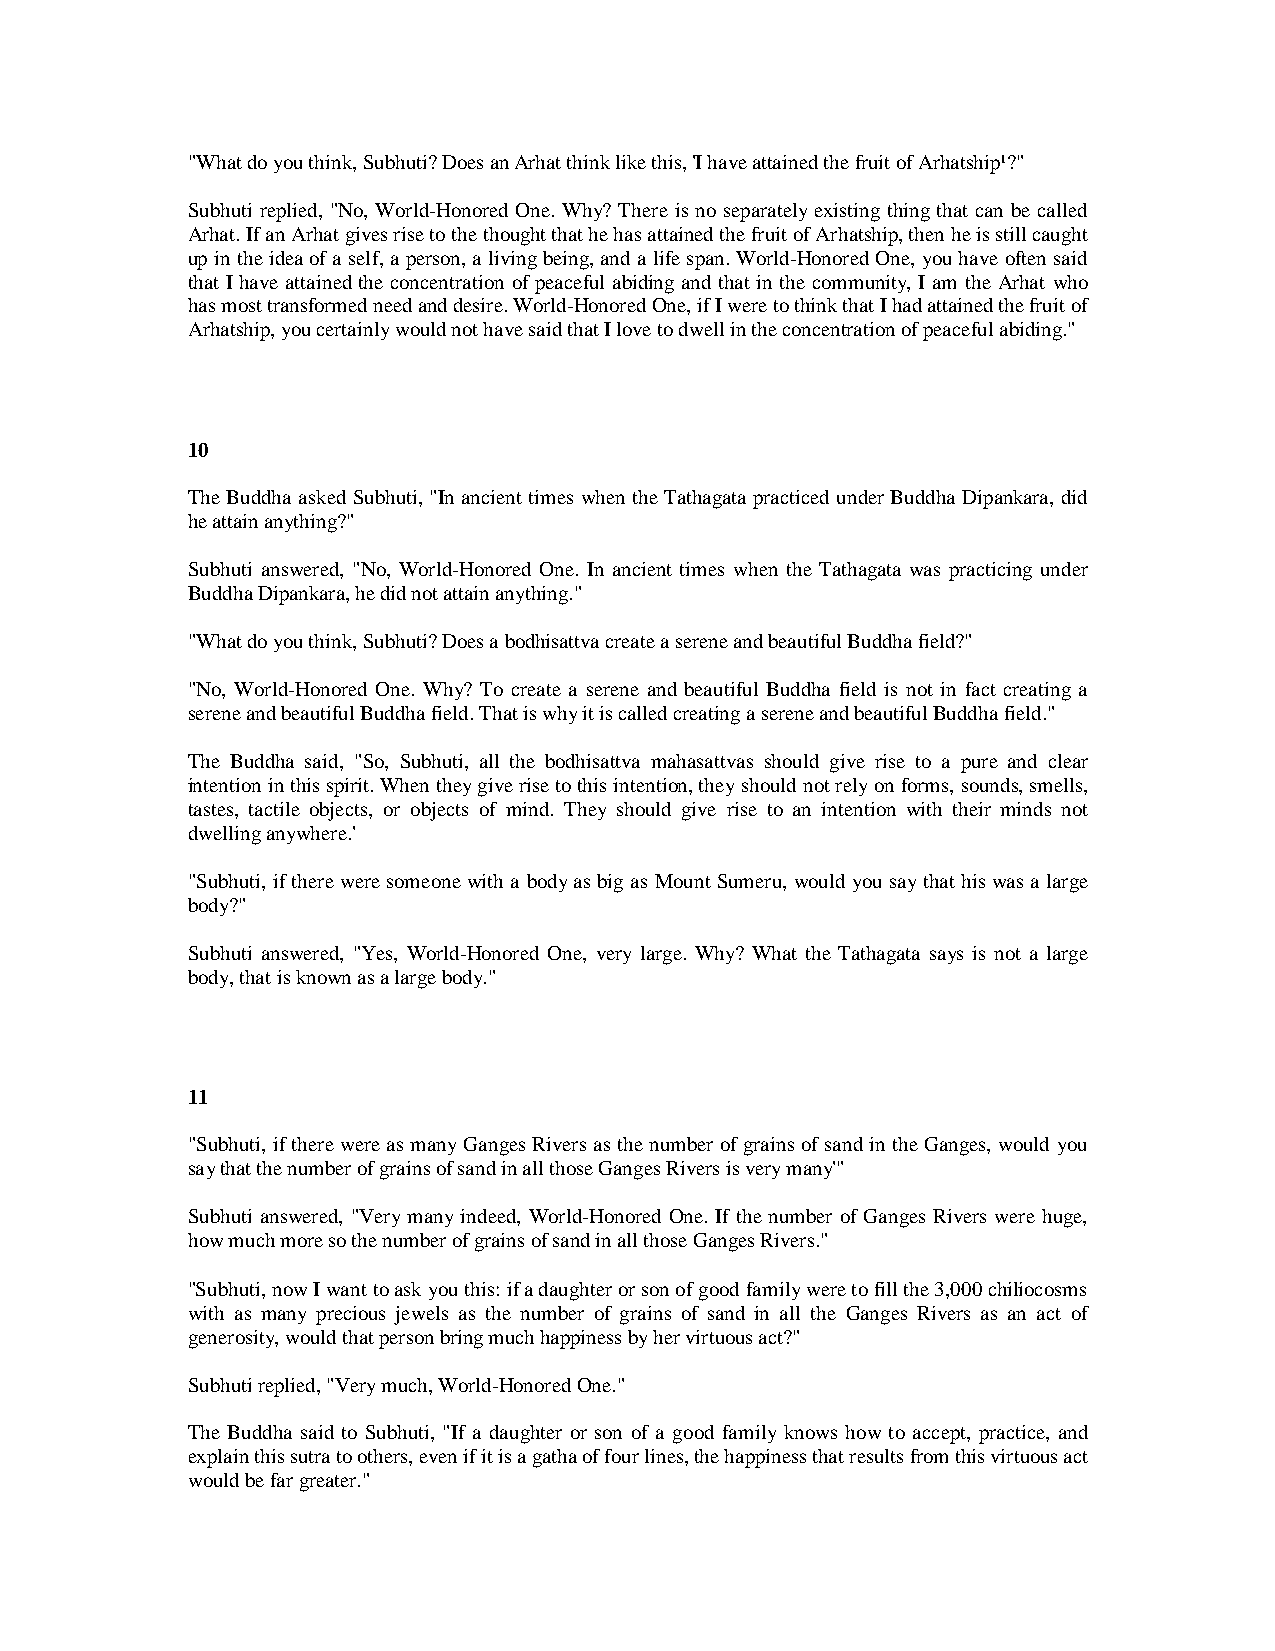
"What do you think, Subhuti? Does an Arhat think like this, 'I have attained the fruit of Arhatship¹?"
 Subhuti replied, "No, World-Honored One. Why? There is no separately existing thing that can be called
 Arhat. If an Arhat gives rise to the thought that he has attained the fruit of Arhatship, then he is still caught
 up in the idea of a self, a person, a living being, and a life span. World-Honored One, you have often said
 that I have attained the concentration of peaceful abiding and that in the community, I am the Arhat who
 has most transformed need and desire. World-Honored One, if I were to think that I had attained the fruit of
 Arhatship, you certainly would not have said that I love to dwell in the concentration of peaceful abiding."
 10
 The Buddha asked Subhuti, "In ancient times when the Tathagata practiced under Buddha Dipankara, did
 he attain anything?"
 Subhuti answered, "No, World-Honored One. In ancient times when the Tathagata was practicing under
 Buddha Dipankara, he did not attain anything."
 "What do you think, Subhuti? Does a bodhisattva create a serene and beautiful Buddha field?"
 "No, World-Honored One. Why? To create a serene and beautiful Buddha field is not in fact creating a
 serene and beautiful Buddha field. That is why it is called creating a serene and beautiful Buddha field."
 The Buddha said, "So, Subhuti, all the bodhisattva mahasattvas should give rise to a pure and clear
 intention in this spirit. When they give rise to this intention, they should not rely on forms, sounds, smells,
 tastes, tactile objects, or objects of mind. They should give rise to an intention with their minds not
 dwelling anywhere.'
 "Subhuti, if there were someone with a body as big as Mount Sumeru, would you say that his was a large
 body?"
 Subhuti answered, "Yes, World-Honored One, very large. Why? What the Tathagata says is not a large
 body, that is known as a large body."
 11
 "Subhuti, if there were as many Ganges Rivers as the number of grains of sand in the Ganges, would you
 say that the number of grains of sand in all those Ganges Rivers is very many'"
 Subhuti answered, "Very many indeed, World-Honored One. If the number of Ganges Rivers were huge,
 how much more so the number of grains of sand in all those Ganges Rivers."
 "Subhuti, now I want to ask you this: if a daughter or son of good family were to fill the 3,000 chiliocosms
 with as many precious jewels as the number of grains of sand in all the Ganges Rivers as an act of
 generosity, would that person bring much happiness by her virtuous act?"
 Subhuti replied, "Very much, World-Honored One."
 The Buddha said to Subhuti, "If a daughter or son of a good family knows how to accept, practice, and
 explain this sutra to others, even if it is a gatha of four lines, the happiness that results from this virtuous act
 would be far greater."